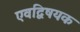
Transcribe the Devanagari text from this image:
एवद्विषयक